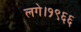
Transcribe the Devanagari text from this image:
लगे।१९६६